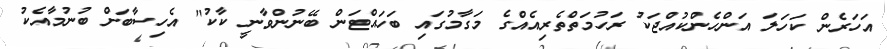
އަހަރެން ކަހަލަ އަންހެންކުއްޖަކު ރަހުމަތްތެރިއެއްގެ މަގާމުގައި ބަހައްޓަން ބޭނުންވާނީ ކާކު" އެހިސާބަށް ބުނުމާއެކު